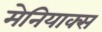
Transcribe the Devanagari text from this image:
मेनियाक्स